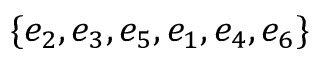
\{ e _ { 2 } , e _ { 3 } , e _ { 5 } , e _ { 1 } , e _ { 4 } , e _ { 6 } \}